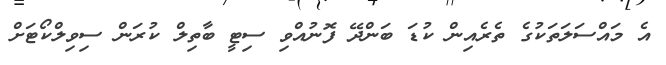
އެ މައްސަލަތަކުގެ ތެރެއިން ކުޑަ ބަންދޭ ފޮނުއްވި ސިޓީ ބާތިލް ކުރަން ސިވިލްކޯޓަށް